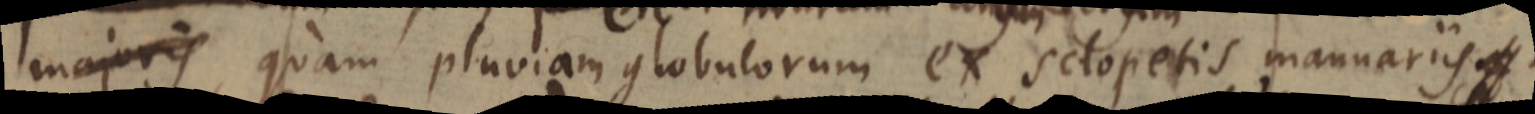
majoris quam pluviam globulorum ex sclopetis manuariis.